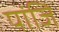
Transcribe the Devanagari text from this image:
पांजि